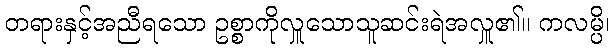
တရားနှင့်အညီရသော ဥစ္စာကိုလှူသောသူဆင်းရဲအလှူ၏။ ကလမ္ပိ၊